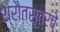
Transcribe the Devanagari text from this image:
श्रौतसूत्रचे